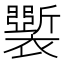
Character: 𧞐